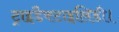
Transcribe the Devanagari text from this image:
ट्राइडैक्टाइलिडी।